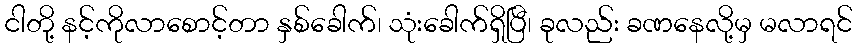
ငါတို့ နင့်ကိုလာစောင့်တာ နှစ်ခေါက်၊ သုံးခေါက်ရှိပြီ၊ ခုလည်း ခဏနေလို့မှ မလာရင်